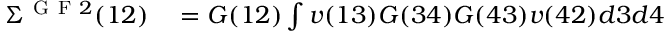
\begin{array} { r l } { \Sigma ^ { \mathrm { ~ G ~ F ~ } 2 } ( 1 2 ) } & { { } = G ( 1 2 ) \int v ( 1 3 ) G ( 3 4 ) G ( 4 3 ) v ( 4 2 ) d 3 d 4 } \end{array}